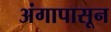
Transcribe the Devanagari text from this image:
अंगापासून